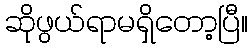
ဆိုဖွယ်ရာမရှိတော့ပြီ။